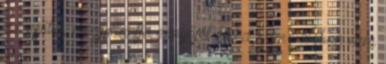
az esőbe, megpillantja ernyőjét és ha Sam valóban nem